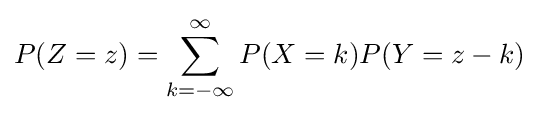
P(Z=z)=\sum _{k=-\infty }^{\infty }P(X=k)P(Y=z-k)